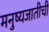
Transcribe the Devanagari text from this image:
मनुष्यजातीची